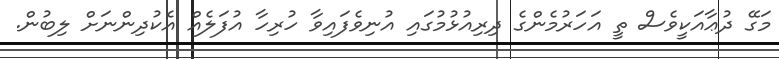
މަގޭ ދުޢާއަކީވެސް ތީ އަހަރުމެންގެ ދިރިއުޅުމުގައި އުނިވެފައިވާ ހުރިހާ އުފަލެއް އެކުދިންނަށް ލިބުން.